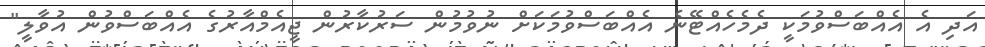
އަދި އެ އެއްބަސްވުމަކީ ދެމެހެއްޓޭނެ އެއްބަސްވުމަކަށް ނުވުމުން ސަރުކާރުން ޖީއެމްއާރުގެ އެއްބަސްވުން އުވާލީ"